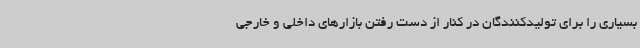
بسیاری را برای تولیدکنندگان در کنار از دست رفتن بازارهای داخلی و خارجی